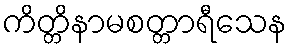
ကိတ္တိနာမစတ္တာရီသေန